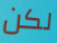
لكن